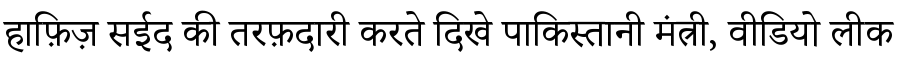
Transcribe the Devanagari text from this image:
हाफ़िज़ सईद की तरफ़दारी करते दिखे पाकिस्तानी मंत्री, वीडियो लीक